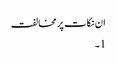
ان نکات پر مخالفت
1۔